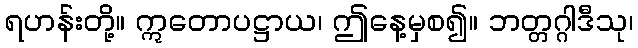
ရဟန်းတို့။ ဣတောပဋ္ဌာယ၊ ဤနေ့မှစ၍။ ဘတ္တဂ္ဂါဒီသု၊